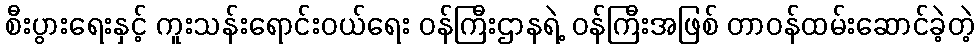
စီးပွားရေးနှင့် ကူးသန်းရောင်းဝယ်ရေး ဝန်ကြီးဌာနရဲ့ ဝန်ကြီးအဖြစ် တာဝန်ထမ်းဆောင်ခဲ့တဲ့